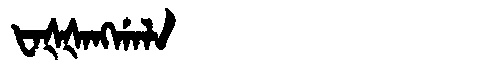
Manchu: ᡶᠠᡧᡧᠠᠩᡤᠠᠯᠠ
Romanization: FAŠŠANGGALA